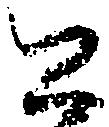
公